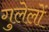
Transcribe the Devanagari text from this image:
गुलेलों